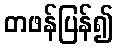
တဖန်ပြန်၍